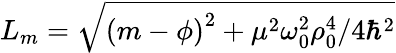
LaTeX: L_{m}=\sqrt{\left(m-\phi\right)^{2}+\mu^{2}\omega_{0}^{2}\rho_{0}^{4}/4\hbar^{2}}